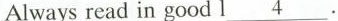
Always read in good l\underline{4}